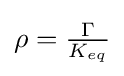
{\textstyle \rho ={\frac {\Gamma }{K_{eq}}}}